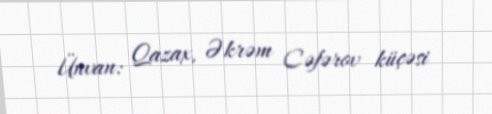
Ünvan: Qazax, Əkrəm Cəfərov küçəsi